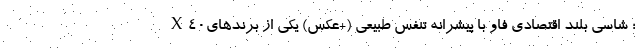
X40؛ شاسی بلند اقتصادی فاو با پیشرانه تنفس طبیعی (+عکس) یکی از برندهای